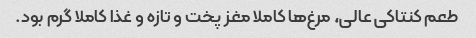
طعم کنتاکی عالی، مرغ‌ها کاملا مغز پخت و تازه و غذا کاملا گرم بود.